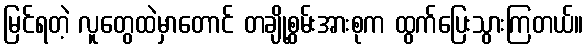
မြင်ရတဲ့ လူတွေထဲမှာတောင် တချို့စွမ်းအားစုက ထွက်ပြေးသွားကြတယ်။